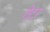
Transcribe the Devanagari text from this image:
गेटर